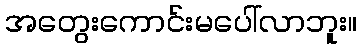
အတွေးကောင်းမပေါ်လာဘူး။